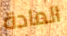
المادة